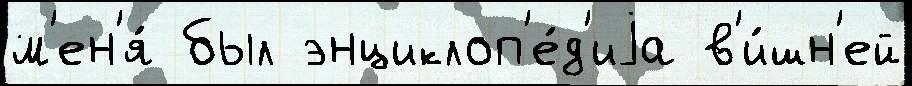
м'ен'я́ был энциклоп'е́д'иjа в'и́шн'ей